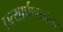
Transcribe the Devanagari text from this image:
प्रत्यार्पणानंतर